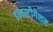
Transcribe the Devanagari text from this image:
इन्वस्टीगेशन